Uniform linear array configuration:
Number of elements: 4
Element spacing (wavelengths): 0.75
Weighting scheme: hamming
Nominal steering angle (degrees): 15
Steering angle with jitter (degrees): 16.538
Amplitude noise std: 0.05
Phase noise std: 0.05

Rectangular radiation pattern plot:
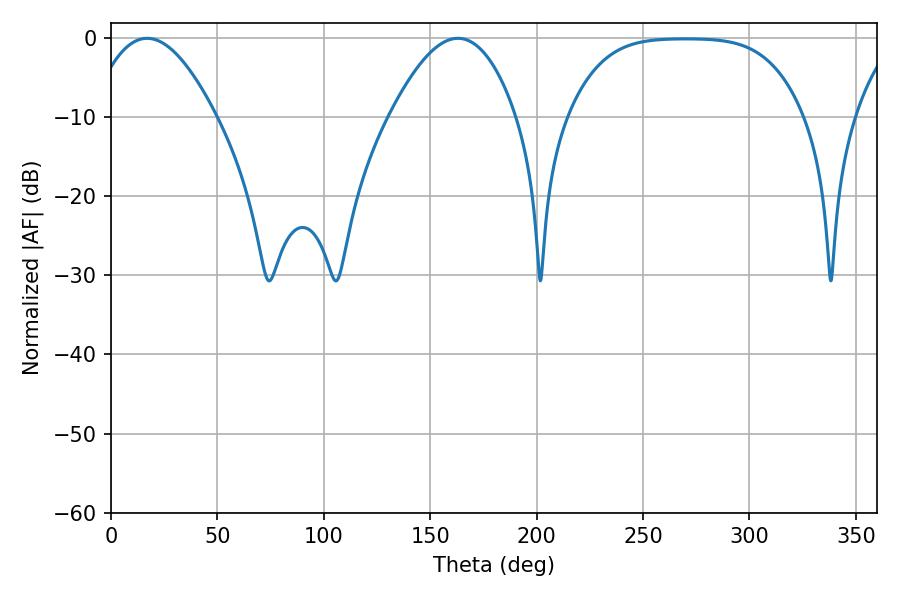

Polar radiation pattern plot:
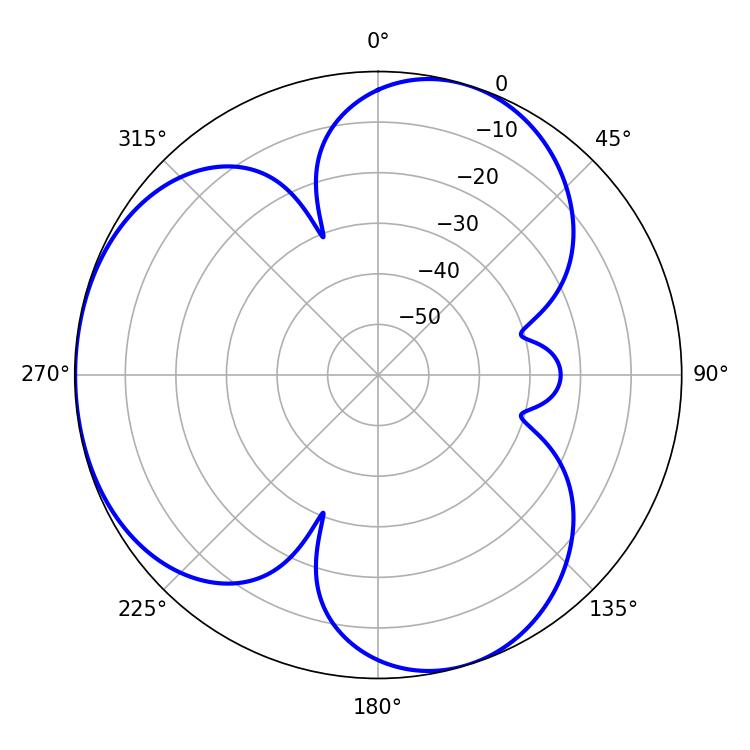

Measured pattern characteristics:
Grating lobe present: TRUE
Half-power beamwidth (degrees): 32.58
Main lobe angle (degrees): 16.92